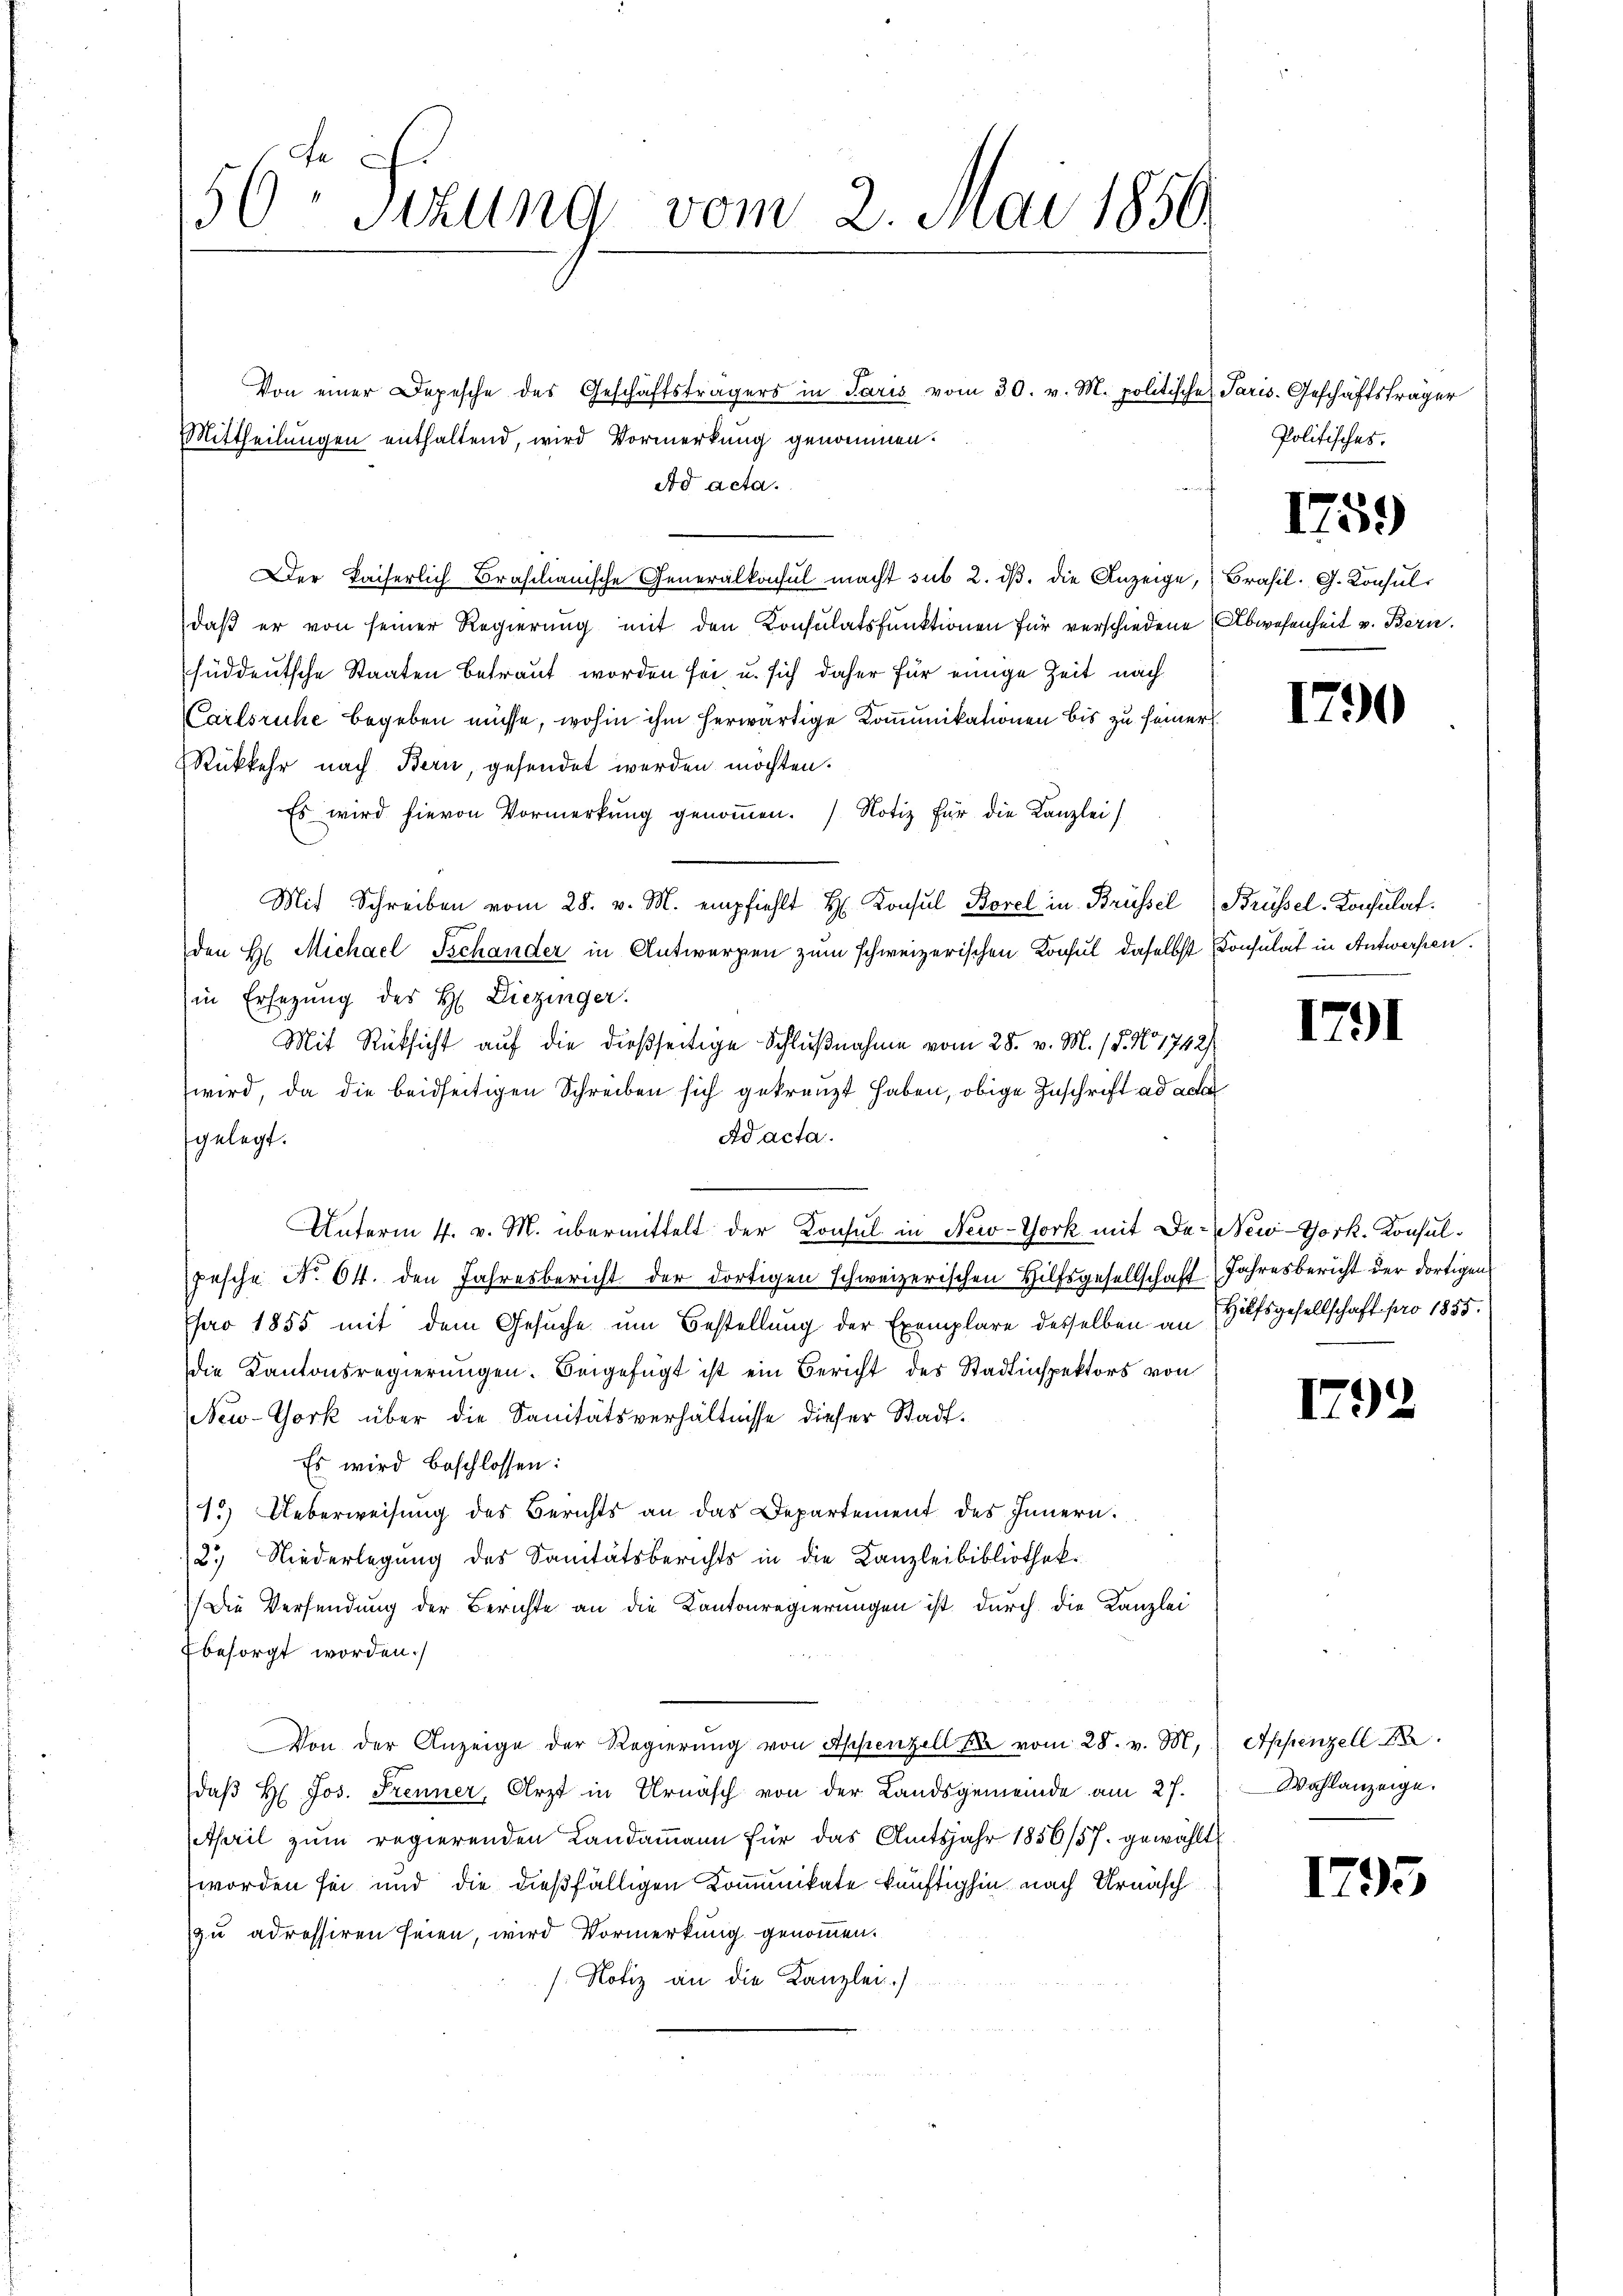
50 Sizung vom 2. Mai 1850

Von einer Depesche des Geschäftsträgers in Paris vom 30. v. M. politische Paris. Geschäftsträger
Mittheilungen enthaltend, wird Vormerkung genommen.
Ad acta.
Der Kaiserlich Brasilianische Generalkonsul macht sub 2. dβ. die Anzeige, Brasil. G. Konsuldaß er von seiner Regierung mit den Konsulatsfunktionen für verschiedene Abwesenheit v. Bern.
süddeutsche Staaten betraut worden sei, u. sich daher für einige Zeit nach
Carlsruhe begeben müsse, wohin ihm herwärtige Kommunikationen bis zu seiner
Rükkehr nach Bern, gesendet werden möchten.
Es wird hievon Vormerkŭng genoṁen.) Notiz für die Kanzlei
Mit Schreiben vom 28. v. M. empfiehlt Hr. Konsul Borel in Brüssel
den H. Michael Tschander in Antworfen zum schweizerischen Konsul daselbst Consulat in Antworfen.
in Ersezung des H. Diezinger.
Mit Rücksicht auf die dießseitige Schlußnahme vom 28. v. M. (§. N. 1742/
wird, da die beidseitigen Schreiben sich gekränzt haben, obige Zuschrift ad acta
Ad acta.
gelegt.
Unterm 4. v. M. übermittelt der Konsul in New-York mit der New-York. Konsulpesche No 64. den Jahresbericht der dortigen schweizerischen Hilfsgesellschaft Jahresbericht der dortigen
pro 1855 mit dem Gesuche um Bestellung der Exemplare desselben an Hilfsgesellschaft pro 1855.
die Kantonsregierungen. Beigefügt ist ein Bericht des Stadtinspektors von
NNew-York über die Sanitätsverhältnisse dieser Stadt¬
Es wird beschlossen:
1.) Ueberweisung des Berichts an das Departement des Innern.
2.) Niederlegung des Sanitätsberichts in die Kanzleibibliothek.
Die Versendung der Berichte an die Kantonregierungen ist durch die Kanzlei
Ebesorgt worden.)
Von der Anzeige der Regierŭng von Appenzell A. vom 28. v. M. Appenzell A.
daβ H. Jos. Frenner, Arzt in Urnasch von der Landsgemeinde am 27.
April zum regierenden Landammann für das Amtsjahr 1856/57. gewählt
worden sei und die dießfälligen Kommunikate künftighin nach Urnasch
zu adressiren seien, wird Vormerkung genommen.
Notiz an die Kanzlei.).

Politisches.

Brüssel-Konsulat.

1790

1759

1791

I

2

Wahlanzeige.

1795